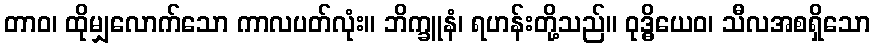
တာဝ၊ ထိုမျှလောက်သော ကာလပတ်လုံး။ ဘိက္ခူနံ၊ ရဟန်းတို့သည်။ ဝုဒ္ဓိယေဝ၊ သီလအစရှိသော